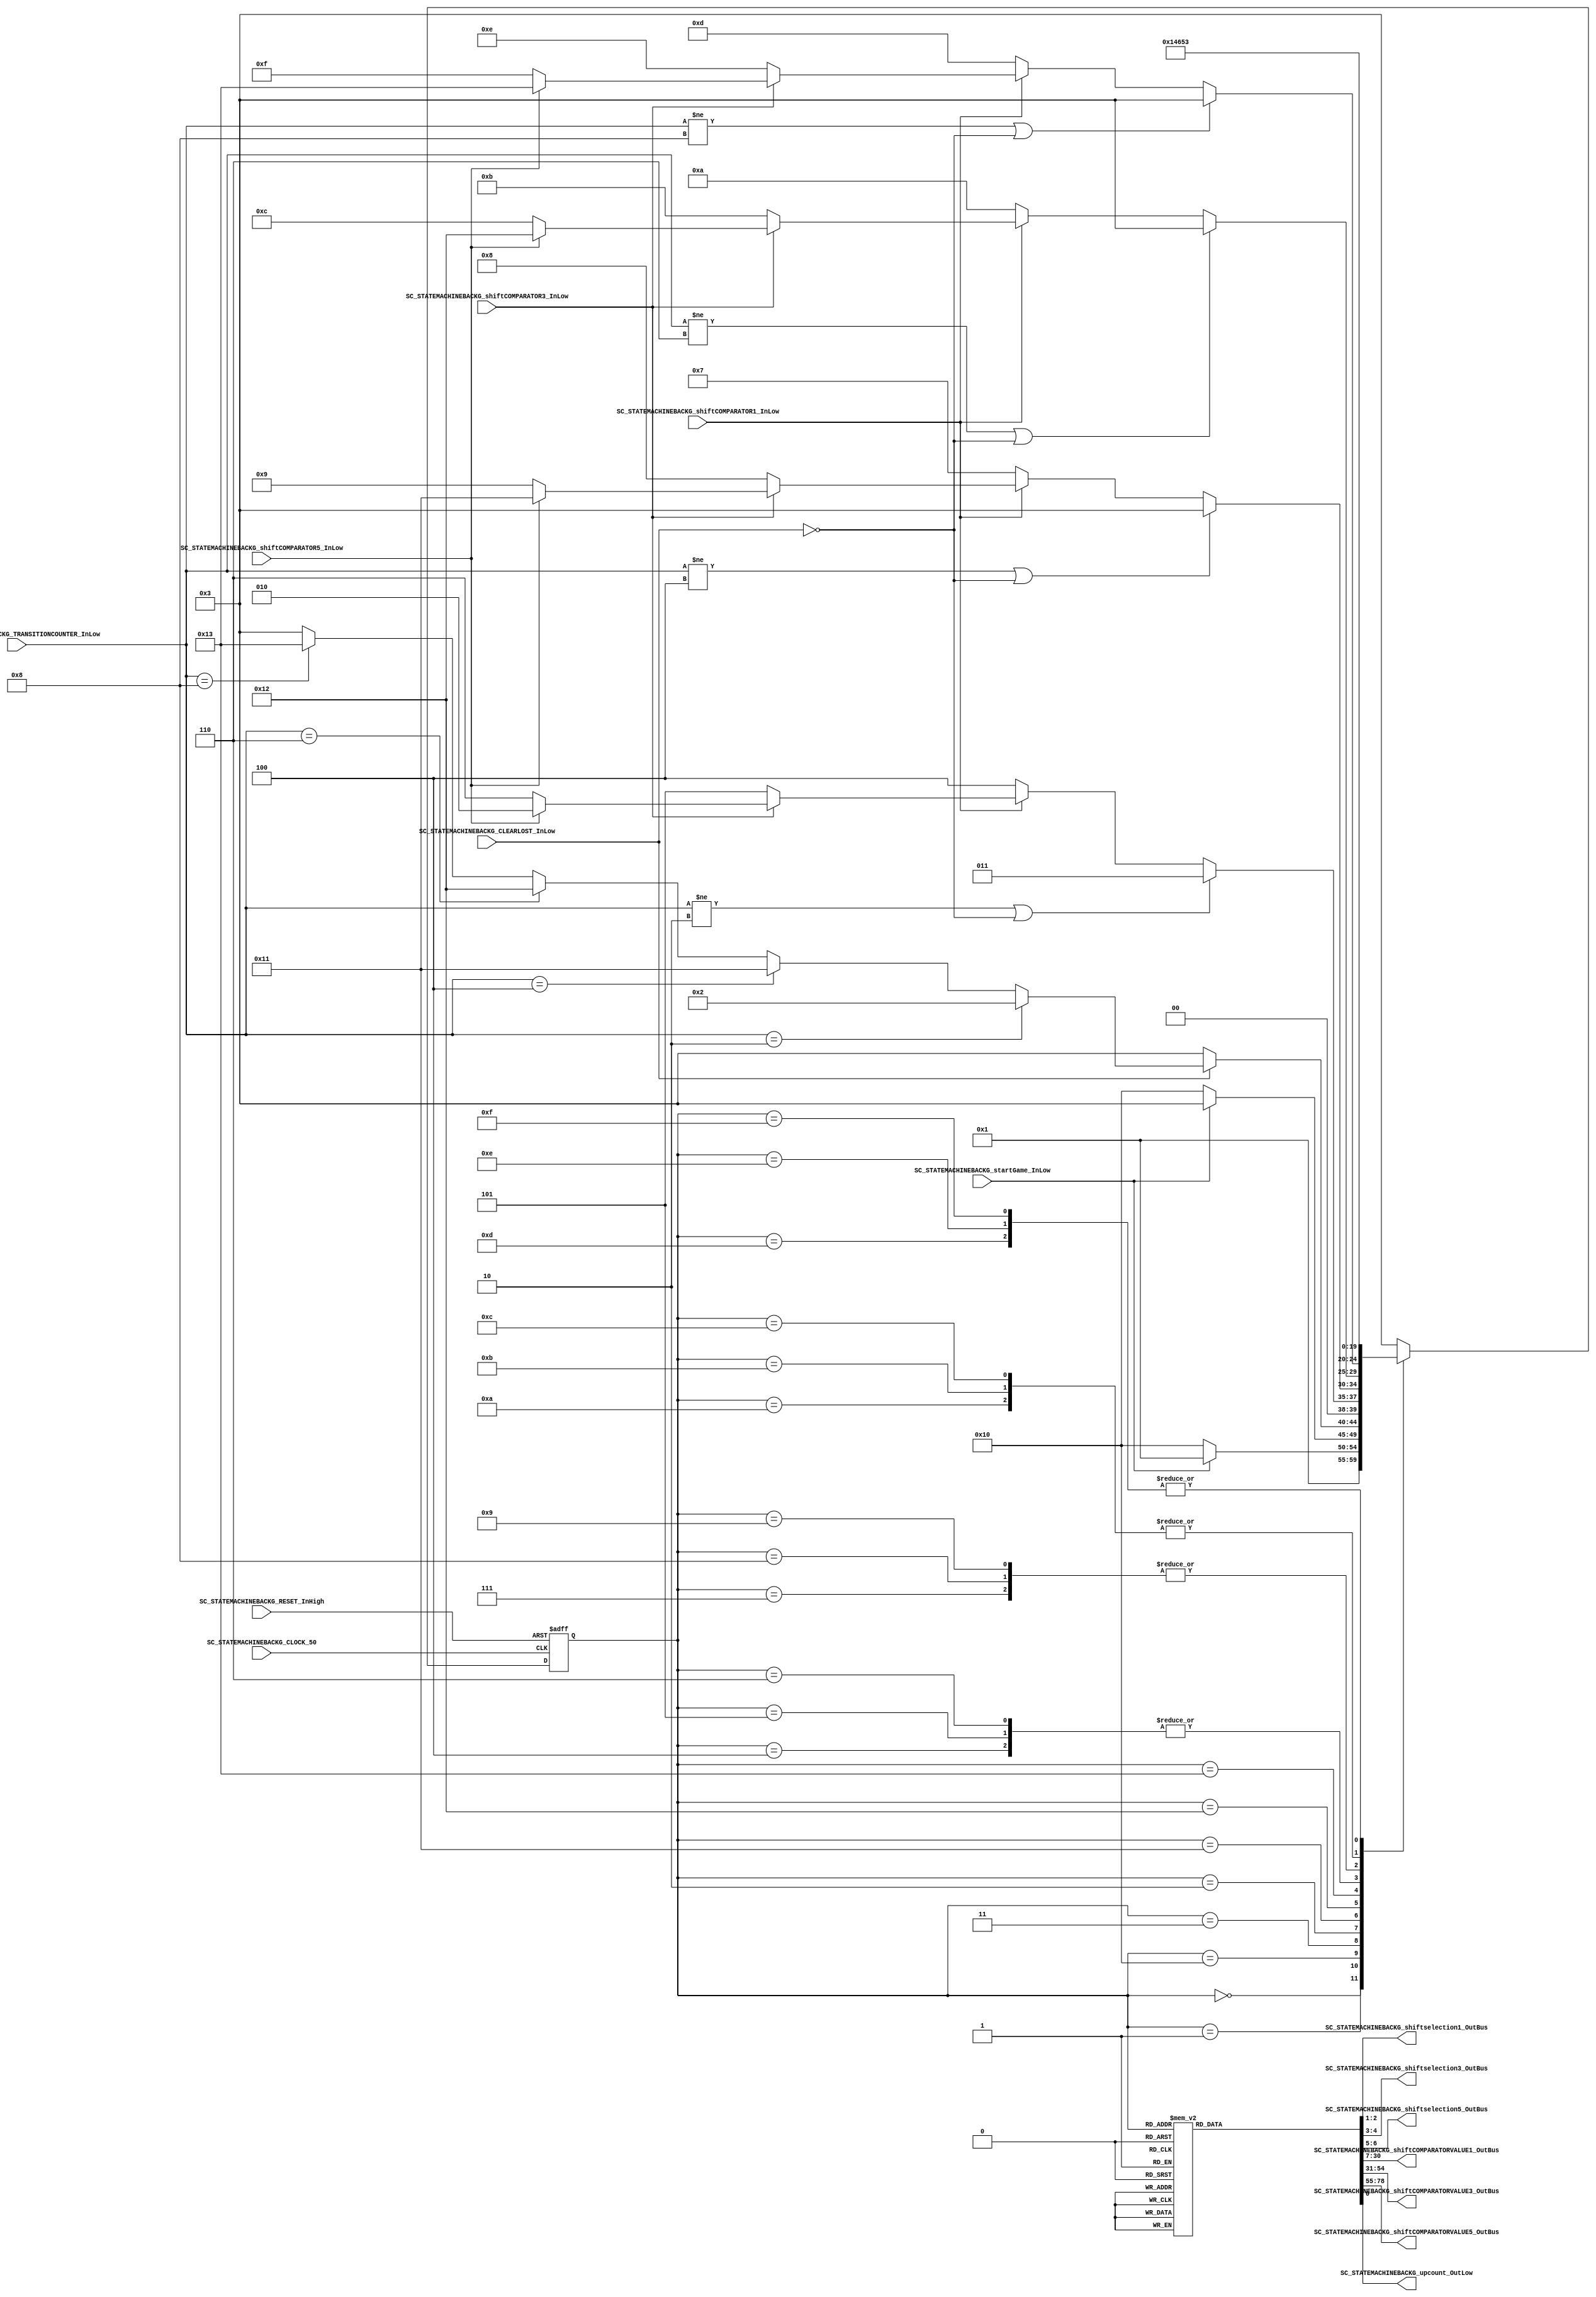
///*######################################################################
//#	G0B1T: HDL EXAMPLES. 2018.
//######################################################################
//# Copyright (C) 2018. F.E.Segura-Quijano (FES) fsegura@uniandes.edu.co
//# 
//# This program is free software: you can redistribute it and/or modify
//# it under the terms of the GNU General Public License as published by
//# the Free Software Foundation, version 3 of the License.
//#
//# This program is distributed in the hope that it will be useful,
//# but WITHOUT ANY WARRANTY; without even the implied warranty of
//# MERCHANTABILITY or FITNESS FOR A PARTICULAR PURPOSE.  See the
//# GNU General Public License for more details.
//#
//# You should have received a copy of the GNU General Public License
//# along with this program.  If not, see <http://www.gnu.org/licenses/>
//####################################################################*/
//=======================================================
//  MODULE Definition
//=======================================================
module SC_STATEMACHINEBACKG (
	//////////// OUTPUTS //////////
	SC_STATEMACHINEBACKG_shiftselection1_OutBus,
	SC_STATEMACHINEBACKG_shiftselection3_OutBus,
	SC_STATEMACHINEBACKG_shiftselection5_OutBus,
	SC_STATEMACHINEBACKG_shiftCOMPARATORVALUE1_OutBus,
	SC_STATEMACHINEBACKG_shiftCOMPARATORVALUE3_OutBus,
	SC_STATEMACHINEBACKG_shiftCOMPARATORVALUE5_OutBus,
	SC_STATEMACHINEBACKG_upcount_OutLow,
	//////////// INPUTS //////////
	SC_STATEMACHINEBACKG_CLOCK_50,
	SC_STATEMACHINEBACKG_RESET_InHigh,
	SC_STATEMACHINEBACKG_startGame_InLow,
	SC_STATEMACHINEBACKG_shiftCOMPARATOR1_InLow,
	SC_STATEMACHINEBACKG_shiftCOMPARATOR3_InLow,
	SC_STATEMACHINEBACKG_shiftCOMPARATOR5_InLow,
	SC_STATEMACHINEBACKG_TRANSITIONCOUNTER_InLow,
	SC_STATEMACHINEBACKG_CLEARLOST_InLow
);	
//=======================================================
//  PARAMETER declarations
//=======================================================
// states declaration
localparam STATE_RESET_0									= 0;
localparam STATE_START_0									= 1;
localparam STATE_LEVEL_1									= 2;
localparam STATE_CHECK_0									= 3;
localparam STATE_SHIFT_1_LEVEL_1							= 4;
localparam STATE_SHIFT_3_LEVEL_1							= 5;
localparam STATE_SHIFT_5_LEVEL_1	 						= 6;
localparam STATE_SHIFT_1_LEVEL_2							= 7;
localparam STATE_SHIFT_3_LEVEL_2							= 8;
localparam STATE_SHIFT_5_LEVEL_2	 						= 9;
localparam STATE_SHIFT_1_LEVEL_3							= 10;
localparam STATE_SHIFT_3_LEVEL_3							= 11;
localparam STATE_SHIFT_5_LEVEL_3	 						= 12;
localparam STATE_SHIFT_1_LEVEL_4							= 13;
localparam STATE_SHIFT_3_LEVEL_4							= 14;
localparam STATE_SHIFT_5_LEVEL_4	 						= 15;
localparam STATE_START_1									= 16;
localparam STATE_LEVEL_2									= 17;
localparam STATE_LEVEL_3									= 18;
localparam STATE_LEVEL_4									= 19;
//=======================================================
//  PORT declarations
//=======================================================
output reg	[1:0]SC_STATEMACHINEBACKG_shiftselection1_OutBus;
output reg	[1:0]SC_STATEMACHINEBACKG_shiftselection3_OutBus;
output reg	[1:0]SC_STATEMACHINEBACKG_shiftselection5_OutBus;
output reg	[23:0]SC_STATEMACHINEBACKG_shiftCOMPARATORVALUE1_OutBus;
output reg	[23:0]SC_STATEMACHINEBACKG_shiftCOMPARATORVALUE3_OutBus;
output reg	[23:0]SC_STATEMACHINEBACKG_shiftCOMPARATORVALUE5_OutBus;
output reg 		SC_STATEMACHINEBACKG_upcount_OutLow;

input			SC_STATEMACHINEBACKG_CLOCK_50;
input 		SC_STATEMACHINEBACKG_RESET_InHigh;
input			SC_STATEMACHINEBACKG_startGame_InLow;
input			SC_STATEMACHINEBACKG_shiftCOMPARATOR1_InLow;
input			SC_STATEMACHINEBACKG_shiftCOMPARATOR3_InLow;
input			SC_STATEMACHINEBACKG_shiftCOMPARATOR5_InLow;
input			[3:0]SC_STATEMACHINEBACKG_TRANSITIONCOUNTER_InLow;
input 		SC_STATEMACHINEBACKG_CLEARLOST_InLow;

//=======================================================
//  REG/WIRE declarations
//=======================================================
reg [4:0] STATE_Register;
reg [4:0] STATE_Signal;

//=======================================================
//  Structural coding
//=======================================================
//INPUT LOGIC: COMBINATIONAL
// NEXT STATE LOGIC : COMBINATIONAL
always @(*)
begin
	case (STATE_Register)
		STATE_RESET_0: STATE_Signal = STATE_START_0;
		STATE_START_0:	if (SC_STATEMACHINEBACKG_startGame_InLow == 1'b0) STATE_Signal = STATE_START_1;
						else STATE_Signal = STATE_START_0;
		STATE_START_1: if (SC_STATEMACHINEBACKG_startGame_InLow == 1'b0) STATE_Signal = STATE_START_1;
						else STATE_Signal = STATE_CHECK_0;	
						
		STATE_CHECK_0:if  (SC_STATEMACHINEBACKG_CLEARLOST_InLow == 1'b0) STATE_Signal = STATE_CHECK_0;
						else if (SC_STATEMACHINEBACKG_TRANSITIONCOUNTER_InLow == 4'b0010 ) STATE_Signal = STATE_LEVEL_1;
						else if (SC_STATEMACHINEBACKG_TRANSITIONCOUNTER_InLow == 4'b0100) STATE_Signal = STATE_LEVEL_2;
						else if (SC_STATEMACHINEBACKG_TRANSITIONCOUNTER_InLow == 4'b0110) STATE_Signal = STATE_LEVEL_3;				
						else if (SC_STATEMACHINEBACKG_TRANSITIONCOUNTER_InLow == 4'b1000) STATE_Signal = STATE_LEVEL_4;
						else STATE_Signal = STATE_CHECK_0;
						
		STATE_LEVEL_1:	if(SC_STATEMACHINEBACKG_TRANSITIONCOUNTER_InLow != 4'b0010 || SC_STATEMACHINEBACKG_CLEARLOST_InLow == 1'b0)	STATE_Signal = STATE_CHECK_0;
						else if (SC_STATEMACHINEBACKG_shiftCOMPARATOR1_InLow == 1'b0) STATE_Signal = STATE_SHIFT_1_LEVEL_1;
						else if (SC_STATEMACHINEBACKG_shiftCOMPARATOR3_InLow == 1'b0) STATE_Signal = STATE_SHIFT_3_LEVEL_1;
						else if (SC_STATEMACHINEBACKG_shiftCOMPARATOR5_InLow == 1'b0) STATE_Signal = STATE_SHIFT_5_LEVEL_1;
						else STATE_Signal = STATE_LEVEL_1;
						
		STATE_LEVEL_2:	if(SC_STATEMACHINEBACKG_TRANSITIONCOUNTER_InLow != 4'b0100 || SC_STATEMACHINEBACKG_CLEARLOST_InLow == 1'b0)	STATE_Signal = STATE_CHECK_0;
						else if (SC_STATEMACHINEBACKG_shiftCOMPARATOR1_InLow == 1'b0) STATE_Signal = STATE_SHIFT_1_LEVEL_2;
						else if (SC_STATEMACHINEBACKG_shiftCOMPARATOR3_InLow == 1'b0) STATE_Signal = STATE_SHIFT_3_LEVEL_2;
						else if (SC_STATEMACHINEBACKG_shiftCOMPARATOR5_InLow == 1'b0) STATE_Signal = STATE_SHIFT_5_LEVEL_2;
						else STATE_Signal = STATE_LEVEL_2;
		STATE_LEVEL_3:	if(SC_STATEMACHINEBACKG_TRANSITIONCOUNTER_InLow != 4'b0110 || SC_STATEMACHINEBACKG_CLEARLOST_InLow == 1'b0)	STATE_Signal = STATE_CHECK_0;
						else if (SC_STATEMACHINEBACKG_shiftCOMPARATOR1_InLow == 1'b0) STATE_Signal = STATE_SHIFT_1_LEVEL_3;
						else if (SC_STATEMACHINEBACKG_shiftCOMPARATOR3_InLow == 1'b0) STATE_Signal = STATE_SHIFT_3_LEVEL_3;
						else if (SC_STATEMACHINEBACKG_shiftCOMPARATOR5_InLow == 1'b0) STATE_Signal = STATE_SHIFT_5_LEVEL_3;
						else STATE_Signal = STATE_LEVEL_3;

		STATE_LEVEL_4:	if(SC_STATEMACHINEBACKG_TRANSITIONCOUNTER_InLow != 4'b1000 || SC_STATEMACHINEBACKG_CLEARLOST_InLow == 1'b0)	STATE_Signal = STATE_CHECK_0;
						else if (SC_STATEMACHINEBACKG_shiftCOMPARATOR1_InLow == 1'b0) STATE_Signal = STATE_SHIFT_1_LEVEL_4;
						else if (SC_STATEMACHINEBACKG_shiftCOMPARATOR3_InLow == 1'b0) STATE_Signal = STATE_SHIFT_3_LEVEL_4;
						else if (SC_STATEMACHINEBACKG_shiftCOMPARATOR5_InLow == 1'b0) STATE_Signal = STATE_SHIFT_5_LEVEL_4;
						else STATE_Signal = STATE_LEVEL_4;
			
		STATE_SHIFT_1_LEVEL_1: STATE_Signal = STATE_LEVEL_1;
		STATE_SHIFT_3_LEVEL_1: STATE_Signal = STATE_LEVEL_1;
		STATE_SHIFT_5_LEVEL_1: STATE_Signal = STATE_LEVEL_1;
		STATE_SHIFT_1_LEVEL_2: STATE_Signal = STATE_LEVEL_2;
		STATE_SHIFT_3_LEVEL_2: STATE_Signal = STATE_LEVEL_2;
		STATE_SHIFT_5_LEVEL_2: STATE_Signal = STATE_LEVEL_2;
		STATE_SHIFT_1_LEVEL_3: STATE_Signal = STATE_LEVEL_3;
		STATE_SHIFT_3_LEVEL_3: STATE_Signal = STATE_LEVEL_3;
		STATE_SHIFT_5_LEVEL_3: STATE_Signal = STATE_LEVEL_3;
		STATE_SHIFT_1_LEVEL_4: STATE_Signal = STATE_LEVEL_4;
		STATE_SHIFT_3_LEVEL_4: STATE_Signal = STATE_LEVEL_4;
		STATE_SHIFT_5_LEVEL_4: STATE_Signal = STATE_LEVEL_4;

		default : 		STATE_Signal = STATE_CHECK_0;
	endcase
end
// STATE REGISTER : SEQUENTIAL
always @ ( posedge SC_STATEMACHINEBACKG_CLOCK_50 , posedge SC_STATEMACHINEBACKG_RESET_InHigh)
begin
	if (SC_STATEMACHINEBACKG_RESET_InHigh == 1'b1)
		STATE_Register <= STATE_RESET_0;
	else
		STATE_Register <= STATE_Signal;
end


//=======================================================
//  Outputs
//=======================================================
// OUTPUT LOGIC : COMBINATIONAL
always @ (*)
begin
	case (STATE_Register)
//=========================================================
// STATE_RESET
//=========================================================
	STATE_RESET_0 :	
		begin
			SC_STATEMACHINEBACKG_upcount_OutLow = 1'b1;
			SC_STATEMACHINEBACKG_shiftselection1_OutBus = 2'b11;
			SC_STATEMACHINEBACKG_shiftselection3_OutBus = 2'b11;
			SC_STATEMACHINEBACKG_shiftselection5_OutBus = 2'b11;
			SC_STATEMACHINEBACKG_shiftCOMPARATORVALUE1_OutBus = 24'b111111111111111111111111;
			SC_STATEMACHINEBACKG_shiftCOMPARATORVALUE3_OutBus = 24'b111111111111111111111111;
			SC_STATEMACHINEBACKG_shiftCOMPARATORVALUE5_OutBus = 24'b111111111111111111111111;
			
		end
//=========================================================
// STATE_START_0
//=========================================================
	STATE_START_0 :	
		begin
			SC_STATEMACHINEBACKG_upcount_OutLow = 1'b1;
			SC_STATEMACHINEBACKG_shiftselection1_OutBus = 2'b11;
			SC_STATEMACHINEBACKG_shiftselection3_OutBus = 2'b11;
			SC_STATEMACHINEBACKG_shiftselection5_OutBus = 2'b11;
			SC_STATEMACHINEBACKG_shiftCOMPARATORVALUE1_OutBus = 24'b111111111111111111111111;
			SC_STATEMACHINEBACKG_shiftCOMPARATORVALUE3_OutBus = 24'b111111111111111111111111;
			SC_STATEMACHINEBACKG_shiftCOMPARATORVALUE5_OutBus = 24'b111111111111111111111111;
		end
// STATE_START_1
//=========================================================
	STATE_START_1 :	
		begin
			SC_STATEMACHINEBACKG_upcount_OutLow = 1'b1;
			SC_STATEMACHINEBACKG_shiftselection1_OutBus = 2'b11;
			SC_STATEMACHINEBACKG_shiftselection3_OutBus = 2'b11;
			SC_STATEMACHINEBACKG_shiftselection5_OutBus = 2'b11;
			SC_STATEMACHINEBACKG_shiftCOMPARATORVALUE1_OutBus = 24'b111111111111111111111111;
			SC_STATEMACHINEBACKG_shiftCOMPARATORVALUE3_OutBus = 24'b111111111111111111111111;
			SC_STATEMACHINEBACKG_shiftCOMPARATORVALUE5_OutBus = 24'b111111111111111111111111;
		end
// STATE_CHECK_0
//=========================================================
	STATE_CHECK_0 :	
		begin
			SC_STATEMACHINEBACKG_upcount_OutLow = 1'b1;
			SC_STATEMACHINEBACKG_shiftselection1_OutBus = 2'b11;
			SC_STATEMACHINEBACKG_shiftselection3_OutBus = 2'b11;
			SC_STATEMACHINEBACKG_shiftselection5_OutBus = 2'b11;
			SC_STATEMACHINEBACKG_shiftCOMPARATORVALUE1_OutBus = 24'b111111111111111111111111;
			SC_STATEMACHINEBACKG_shiftCOMPARATORVALUE3_OutBus = 24'b111111111111111111111111;
			SC_STATEMACHINEBACKG_shiftCOMPARATORVALUE5_OutBus = 24'b111111111111111111111111;
		end
		
// STATE_LEVEL_1
//=========================================================
	STATE_LEVEL_1 :	
		begin
			SC_STATEMACHINEBACKG_upcount_OutLow = 1'b0;
			SC_STATEMACHINEBACKG_shiftselection1_OutBus = 2'b11;
			SC_STATEMACHINEBACKG_shiftselection3_OutBus = 2'b11;
			SC_STATEMACHINEBACKG_shiftselection5_OutBus = 2'b11;
			SC_STATEMACHINEBACKG_shiftCOMPARATORVALUE1_OutBus = 24'b111111111111111111111111;
			SC_STATEMACHINEBACKG_shiftCOMPARATORVALUE3_OutBus = 24'b111111111111111111111111;
			SC_STATEMACHINEBACKG_shiftCOMPARATORVALUE5_OutBus = 24'b111111111111111111111111;
		end

// STATE_LEVEL_2
//=========================================================
	STATE_LEVEL_2 :	
		begin
			SC_STATEMACHINEBACKG_upcount_OutLow = 1'b0;
			SC_STATEMACHINEBACKG_shiftselection1_OutBus = 2'b11;
			SC_STATEMACHINEBACKG_shiftselection3_OutBus = 2'b11;
			SC_STATEMACHINEBACKG_shiftselection5_OutBus = 2'b11;
			SC_STATEMACHINEBACKG_shiftCOMPARATORVALUE1_OutBus = 24'b111011111111111111111111;
			SC_STATEMACHINEBACKG_shiftCOMPARATORVALUE3_OutBus = 24'b111011111111111111111111;
			SC_STATEMACHINEBACKG_shiftCOMPARATORVALUE5_OutBus = 24'b111011111111111111111111;
		end

// STATE_LEVEL_3
//=========================================================
	STATE_LEVEL_3 :	
		begin
			SC_STATEMACHINEBACKG_upcount_OutLow = 1'b0;
			SC_STATEMACHINEBACKG_shiftselection1_OutBus = 2'b11;
			SC_STATEMACHINEBACKG_shiftselection3_OutBus = 2'b11;
			SC_STATEMACHINEBACKG_shiftselection5_OutBus = 2'b11;
			SC_STATEMACHINEBACKG_shiftCOMPARATORVALUE1_OutBus = 24'b110011111111111111111111;
			SC_STATEMACHINEBACKG_shiftCOMPARATORVALUE3_OutBus = 24'b101111111111111111111111;
			SC_STATEMACHINEBACKG_shiftCOMPARATORVALUE5_OutBus = 24'b110011111111111111111111;
		end

// STATE_LEVEL_4
//=========================================================
	STATE_LEVEL_4 :	
		begin
			SC_STATEMACHINEBACKG_upcount_OutLow = 1'b0;
			SC_STATEMACHINEBACKG_shiftselection1_OutBus = 2'b11;
			SC_STATEMACHINEBACKG_shiftselection3_OutBus = 2'b11;
			SC_STATEMACHINEBACKG_shiftselection5_OutBus = 2'b11;
			SC_STATEMACHINEBACKG_shiftCOMPARATORVALUE1_OutBus = 24'b110011111111111111111111;
			SC_STATEMACHINEBACKG_shiftCOMPARATORVALUE3_OutBus = 24'b100011111111111111111111;
			SC_STATEMACHINEBACKG_shiftCOMPARATORVALUE5_OutBus = 24'b100000111111111111111110;
		end

//=========================================================
// STATE_SHIFT_1_LEVEL_1
//=========================================================
	STATE_SHIFT_1_LEVEL_1 :
		begin
			SC_STATEMACHINEBACKG_upcount_OutLow = 1'b0;
			SC_STATEMACHINEBACKG_shiftselection1_OutBus = 2'b10;
			SC_STATEMACHINEBACKG_shiftselection3_OutBus = 2'b10;
			SC_STATEMACHINEBACKG_shiftselection5_OutBus = 2'b10;
			SC_STATEMACHINEBACKG_shiftCOMPARATORVALUE1_OutBus = 24'b111111111111111111111111;
			SC_STATEMACHINEBACKG_shiftCOMPARATORVALUE3_OutBus = 24'b111111111111111111111111;
			SC_STATEMACHINEBACKG_shiftCOMPARATORVALUE5_OutBus = 24'b111111111111111111111111;
		end
//=========================================================
// STATE_SHIFT_3_LEVEL_1
//=========================================================
	STATE_SHIFT_3_LEVEL_1 :
		begin
			SC_STATEMACHINEBACKG_upcount_OutLow = 1'b0;
			SC_STATEMACHINEBACKG_shiftselection1_OutBus = 2'b11;
			SC_STATEMACHINEBACKG_shiftselection3_OutBus = 2'b11;
			SC_STATEMACHINEBACKG_shiftselection5_OutBus = 2'b11;
			SC_STATEMACHINEBACKG_shiftCOMPARATORVALUE1_OutBus = 24'b111111111111111111111111;
			SC_STATEMACHINEBACKG_shiftCOMPARATORVALUE3_OutBus = 24'b111111111111111111111111;
			SC_STATEMACHINEBACKG_shiftCOMPARATORVALUE5_OutBus = 24'b111111111111111111111111;
		end
//=========================================================
// STATE_SHIFT_5_LEVEL_1
//=========================================================
	STATE_SHIFT_5_LEVEL_1 :
		begin
			SC_STATEMACHINEBACKG_upcount_OutLow = 1'b0;
			SC_STATEMACHINEBACKG_shiftselection1_OutBus = 2'b11;
			SC_STATEMACHINEBACKG_shiftselection3_OutBus = 2'b11;
			SC_STATEMACHINEBACKG_shiftselection5_OutBus = 2'b11;
			SC_STATEMACHINEBACKG_shiftCOMPARATORVALUE1_OutBus = 24'b111111111111111111111111;
			SC_STATEMACHINEBACKG_shiftCOMPARATORVALUE3_OutBus = 24'b111111111111111111111111;
			SC_STATEMACHINEBACKG_shiftCOMPARATORVALUE5_OutBus = 24'b111111111111111111111111;
		end

//=========================================================
// STATE_SHIFT_1_LEVEL_2
//=========================================================
	STATE_SHIFT_1_LEVEL_2 :
		begin
			SC_STATEMACHINEBACKG_upcount_OutLow = 1'b0;
			SC_STATEMACHINEBACKG_shiftselection1_OutBus = 2'b01;
			SC_STATEMACHINEBACKG_shiftselection3_OutBus = 2'b01;
			SC_STATEMACHINEBACKG_shiftselection5_OutBus = 2'b01;
			SC_STATEMACHINEBACKG_shiftCOMPARATORVALUE1_OutBus = 24'b111011111111111111111111;
			SC_STATEMACHINEBACKG_shiftCOMPARATORVALUE3_OutBus = 24'b111011111111111111111111;
			SC_STATEMACHINEBACKG_shiftCOMPARATORVALUE5_OutBus = 24'b111011111111111111111111;
		end
//=========================================================
// STATE_SHIFT_3_LEVEL_2
//=========================================================
	STATE_SHIFT_3_LEVEL_2 :
		begin
			SC_STATEMACHINEBACKG_upcount_OutLow = 1'b0;
			SC_STATEMACHINEBACKG_shiftselection1_OutBus = 2'b11;
			SC_STATEMACHINEBACKG_shiftselection3_OutBus = 2'b11;
			SC_STATEMACHINEBACKG_shiftselection5_OutBus = 2'b11;
			SC_STATEMACHINEBACKG_shiftCOMPARATORVALUE1_OutBus = 24'b111011111111111111111111;
			SC_STATEMACHINEBACKG_shiftCOMPARATORVALUE3_OutBus = 24'b111011111111111111111111;
			SC_STATEMACHINEBACKG_shiftCOMPARATORVALUE5_OutBus = 24'b111011111111111111111111;
		end
//=========================================================
// STATE_SHIFT_5_LEVEL_2
//=========================================================
	STATE_SHIFT_5_LEVEL_2 :
		begin
			SC_STATEMACHINEBACKG_upcount_OutLow = 1'b0;
			SC_STATEMACHINEBACKG_shiftselection1_OutBus = 2'b11;
			SC_STATEMACHINEBACKG_shiftselection3_OutBus = 2'b11;
			SC_STATEMACHINEBACKG_shiftselection5_OutBus = 2'b11;
			SC_STATEMACHINEBACKG_shiftCOMPARATORVALUE1_OutBus = 24'b111011111111111111111111;
			SC_STATEMACHINEBACKG_shiftCOMPARATORVALUE3_OutBus = 24'b111011111111111111111111;
			SC_STATEMACHINEBACKG_shiftCOMPARATORVALUE5_OutBus = 24'b111011111111111111111111;
		end

//=========================================================
// STATE_SHIFT_1_LEVEL_3
//=========================================================
	STATE_SHIFT_1_LEVEL_3 :
		begin
			SC_STATEMACHINEBACKG_upcount_OutLow = 1'b0;
			SC_STATEMACHINEBACKG_shiftselection1_OutBus = 2'b10;
			SC_STATEMACHINEBACKG_shiftselection3_OutBus = 2'b11;
			SC_STATEMACHINEBACKG_shiftselection5_OutBus = 2'b10;
			SC_STATEMACHINEBACKG_shiftCOMPARATORVALUE1_OutBus = 24'b110011111111111111111111;
			SC_STATEMACHINEBACKG_shiftCOMPARATORVALUE3_OutBus = 24'b101111111111111111111111;
			SC_STATEMACHINEBACKG_shiftCOMPARATORVALUE5_OutBus = 24'b110011111111111111111111;
		end
//=========================================================
// STATE_SHIFT_3_LEVEL_3
//=========================================================
	STATE_SHIFT_3_LEVEL_3 :
		begin
			SC_STATEMACHINEBACKG_upcount_OutLow = 1'b0;
			SC_STATEMACHINEBACKG_shiftselection1_OutBus = 2'b11;
			SC_STATEMACHINEBACKG_shiftselection3_OutBus = 2'b01;
			SC_STATEMACHINEBACKG_shiftselection5_OutBus = 2'b11;
			SC_STATEMACHINEBACKG_shiftCOMPARATORVALUE1_OutBus = 24'b110011111111111111111111;
			SC_STATEMACHINEBACKG_shiftCOMPARATORVALUE3_OutBus = 24'b101111111111111111111111;
			SC_STATEMACHINEBACKG_shiftCOMPARATORVALUE5_OutBus = 24'b110011111111111111111111;
		end
//=========================================================
// STATE_SHIFT_5_LEVEL_3
//=========================================================
	STATE_SHIFT_5_LEVEL_3 :
		begin
			SC_STATEMACHINEBACKG_upcount_OutLow = 1'b0;
			SC_STATEMACHINEBACKG_shiftselection1_OutBus = 2'b11;
			SC_STATEMACHINEBACKG_shiftselection3_OutBus = 2'b11;
			SC_STATEMACHINEBACKG_shiftselection5_OutBus = 2'b10;
			SC_STATEMACHINEBACKG_shiftCOMPARATORVALUE1_OutBus = 24'b110011111111111111111111;
			SC_STATEMACHINEBACKG_shiftCOMPARATORVALUE3_OutBus = 24'b101111111111111111111111;
			SC_STATEMACHINEBACKG_shiftCOMPARATORVALUE5_OutBus = 24'b110011111111111111111111;
		end

//=========================================================
// STATE_SHIFT_1_LEVEL_4
//=========================================================
	STATE_SHIFT_1_LEVEL_4 :
		begin
			SC_STATEMACHINEBACKG_upcount_OutLow = 1'b0;
			SC_STATEMACHINEBACKG_shiftselection1_OutBus = 2'b10;
			SC_STATEMACHINEBACKG_shiftselection3_OutBus = 2'b11;
			SC_STATEMACHINEBACKG_shiftselection5_OutBus = 2'b11;
			SC_STATEMACHINEBACKG_shiftCOMPARATORVALUE1_OutBus = 24'b110011111111111111111111;
			SC_STATEMACHINEBACKG_shiftCOMPARATORVALUE3_OutBus = 24'b011111111111111111111111;
			SC_STATEMACHINEBACKG_shiftCOMPARATORVALUE5_OutBus = 24'b011100111111111111111110;
		end
//=========================================================
// STATE_SHIFT_3_LEVEL_4
//=========================================================
	STATE_SHIFT_3_LEVEL_4 :
		begin
			SC_STATEMACHINEBACKG_upcount_OutLow = 1'b0;
			SC_STATEMACHINEBACKG_shiftselection1_OutBus = 2'b11;
			SC_STATEMACHINEBACKG_shiftselection3_OutBus = 2'b10;
			SC_STATEMACHINEBACKG_shiftselection5_OutBus = 2'b11;
			SC_STATEMACHINEBACKG_shiftCOMPARATORVALUE1_OutBus = 24'b110011111111111111111111;
			SC_STATEMACHINEBACKG_shiftCOMPARATORVALUE3_OutBus = 24'b011111111111111111111111;
			SC_STATEMACHINEBACKG_shiftCOMPARATORVALUE5_OutBus = 24'b011100111111111111111110;
		end
//=========================================================
// STATE_SHIFT_5_LEVEL_4
//=========================================================
	STATE_SHIFT_5_LEVEL_4 :
		begin
			SC_STATEMACHINEBACKG_upcount_OutLow = 1'b0;
			SC_STATEMACHINEBACKG_shiftselection1_OutBus = 2'b11;
			SC_STATEMACHINEBACKG_shiftselection3_OutBus = 2'b11;
			SC_STATEMACHINEBACKG_shiftselection5_OutBus = 2'b01;
			SC_STATEMACHINEBACKG_shiftCOMPARATORVALUE1_OutBus = 24'b110011111111111111111111;
			SC_STATEMACHINEBACKG_shiftCOMPARATORVALUE3_OutBus = 24'b011111111111111111111111;
			SC_STATEMACHINEBACKG_shiftCOMPARATORVALUE5_OutBus = 24'b011100111111111111111110;
		end		
//=========================================================
// DEFAULT
//=========================================================
	default :
		begin
			SC_STATEMACHINEBACKG_upcount_OutLow = 1'b1;
			SC_STATEMACHINEBACKG_shiftselection1_OutBus = 2'b11;
			SC_STATEMACHINEBACKG_shiftselection3_OutBus = 2'b11;
			SC_STATEMACHINEBACKG_shiftselection5_OutBus = 2'b11;
			SC_STATEMACHINEBACKG_shiftCOMPARATORVALUE1_OutBus = 24'b111111111111111111111111;
			SC_STATEMACHINEBACKG_shiftCOMPARATORVALUE3_OutBus = 24'b111111111111111111111111;
			SC_STATEMACHINEBACKG_shiftCOMPARATORVALUE5_OutBus = 24'b111111111111111111111111;
		end
	endcase
end
endmodule